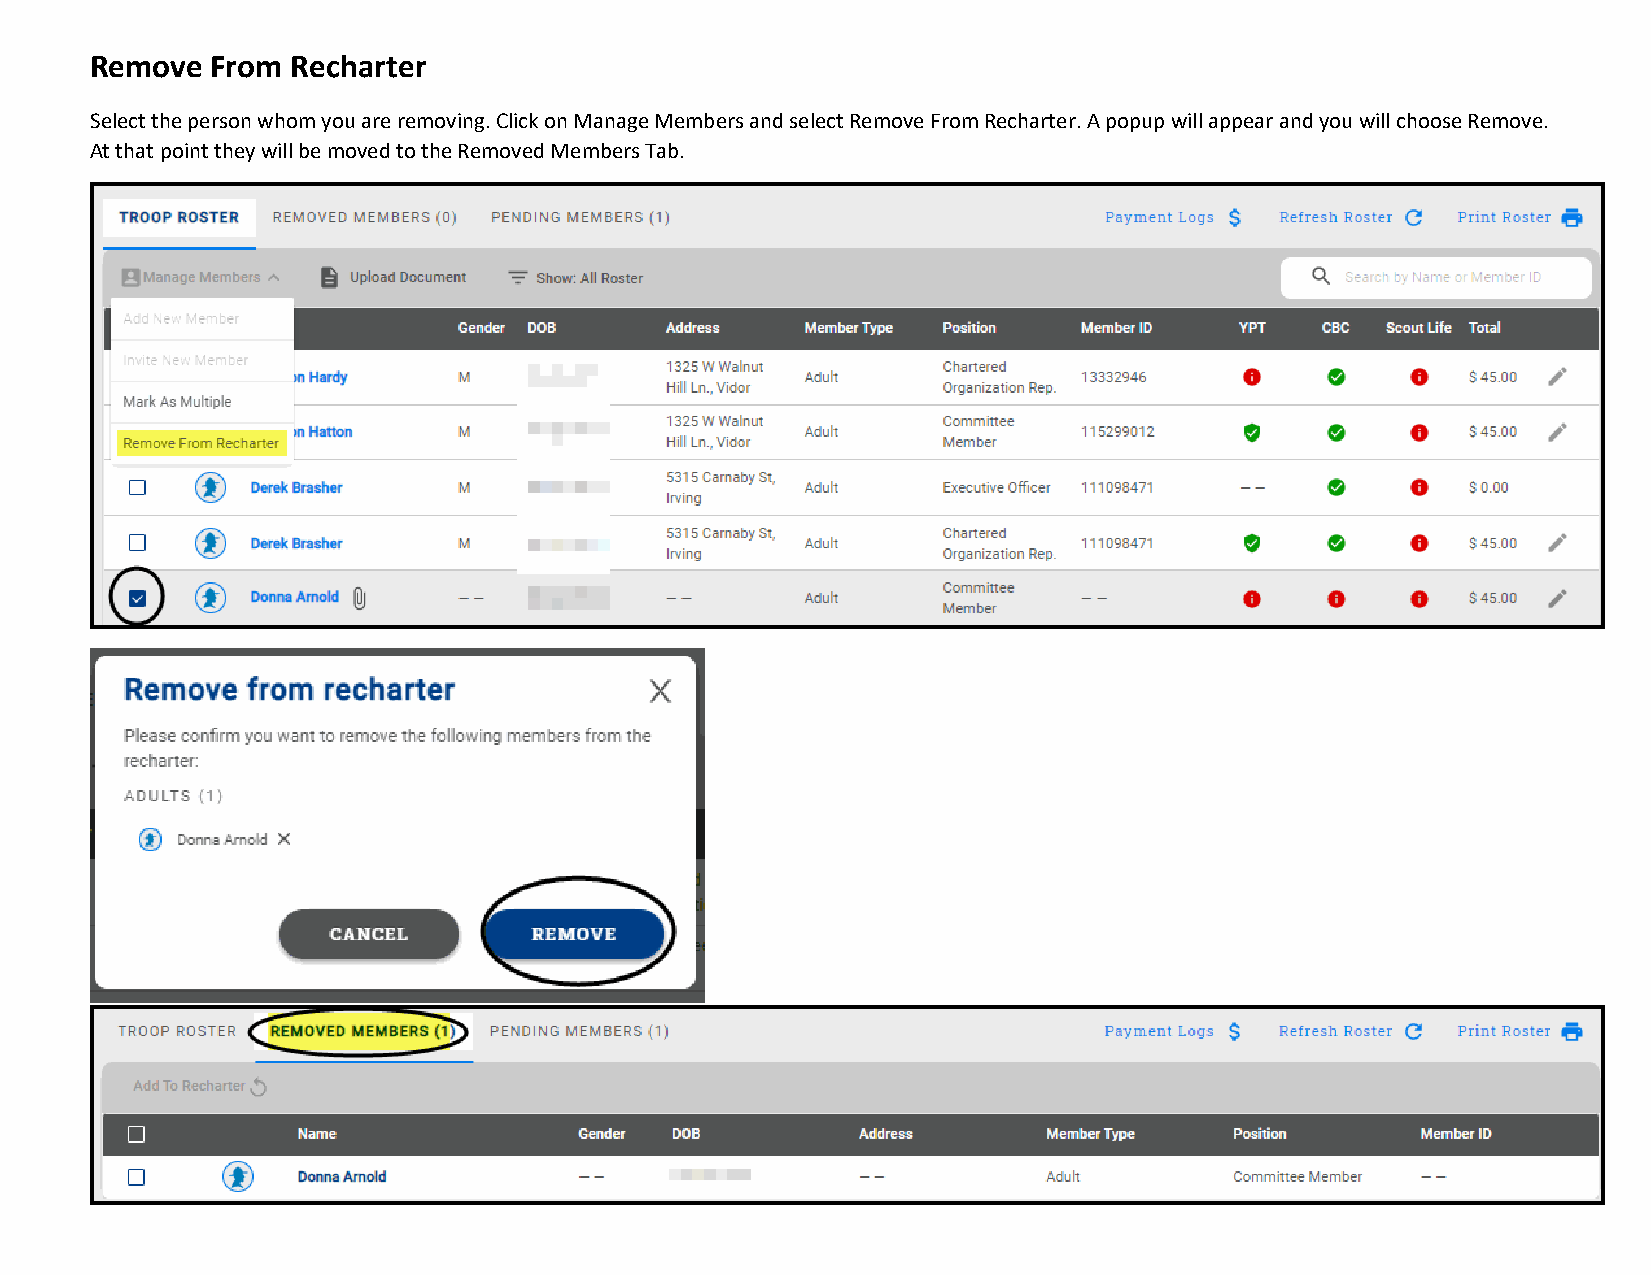
Remove  From Recharter
 Select the person whom you are removing. Click on Manage Members and select Remove From Recharter. A popup will appear and you will choose Remove.
 At that point they will be moved to the Removed Members Tab.